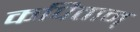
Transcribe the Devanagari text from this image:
कपितान्